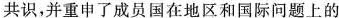
共识，并重申了成员国在地区和国际问题上的